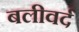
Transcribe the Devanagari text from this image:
बलीवर्द